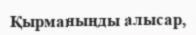
Қырманыңды алысар,